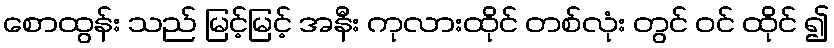
စောထွန်း သည် မြင့်မြင့် အနီး ကုလားထိုင် တစ်လုံး တွင် ဝင် ထိုင် ၍